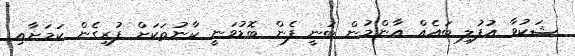
ޝަކުވާ އުފުލި ބައެއް އާންމުން ބުނީ ފެން ބޮޑުވަނީ ކާނުތަކަށް ފުރިގެން ކަމަށާއި